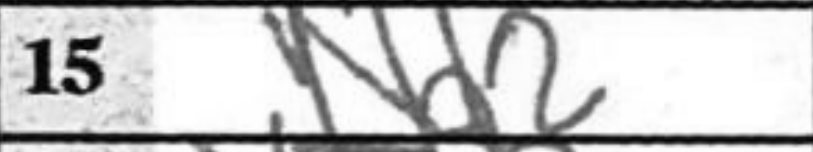
Transcription: Nd2